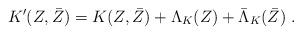
LaTeX: \begin{align*}K'(Z,\bar Z)= K(Z,\bar Z)+\Lambda_K(Z) + \bar \Lambda_K(\bar Z)\ .\end{align*}